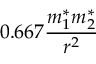
0 . 6 6 7 \frac { m _ { 1 } ^ { * } m _ { 2 } ^ { * } } { r ^ { 2 } }